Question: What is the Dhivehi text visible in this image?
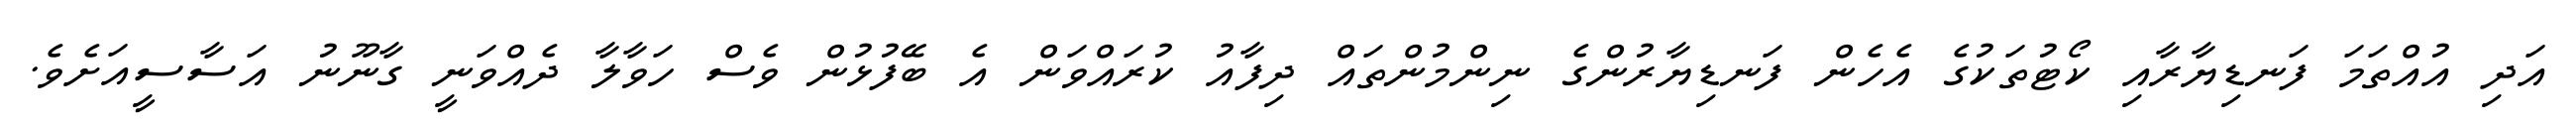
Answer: އަދި އުއްތަމަ ފަނޑިޔާރާއި ކޯޓުތަކުގެ އެހެން ފަނޑިޔާރުންގެ ނިންމުންތައް ދިފާއު ކުރައްވަން އެ ބޭފުޅުން ވެސް ހަވާލާ ދެއްވަނީ ގާނޫނު އަސާސީއަށެވެ.